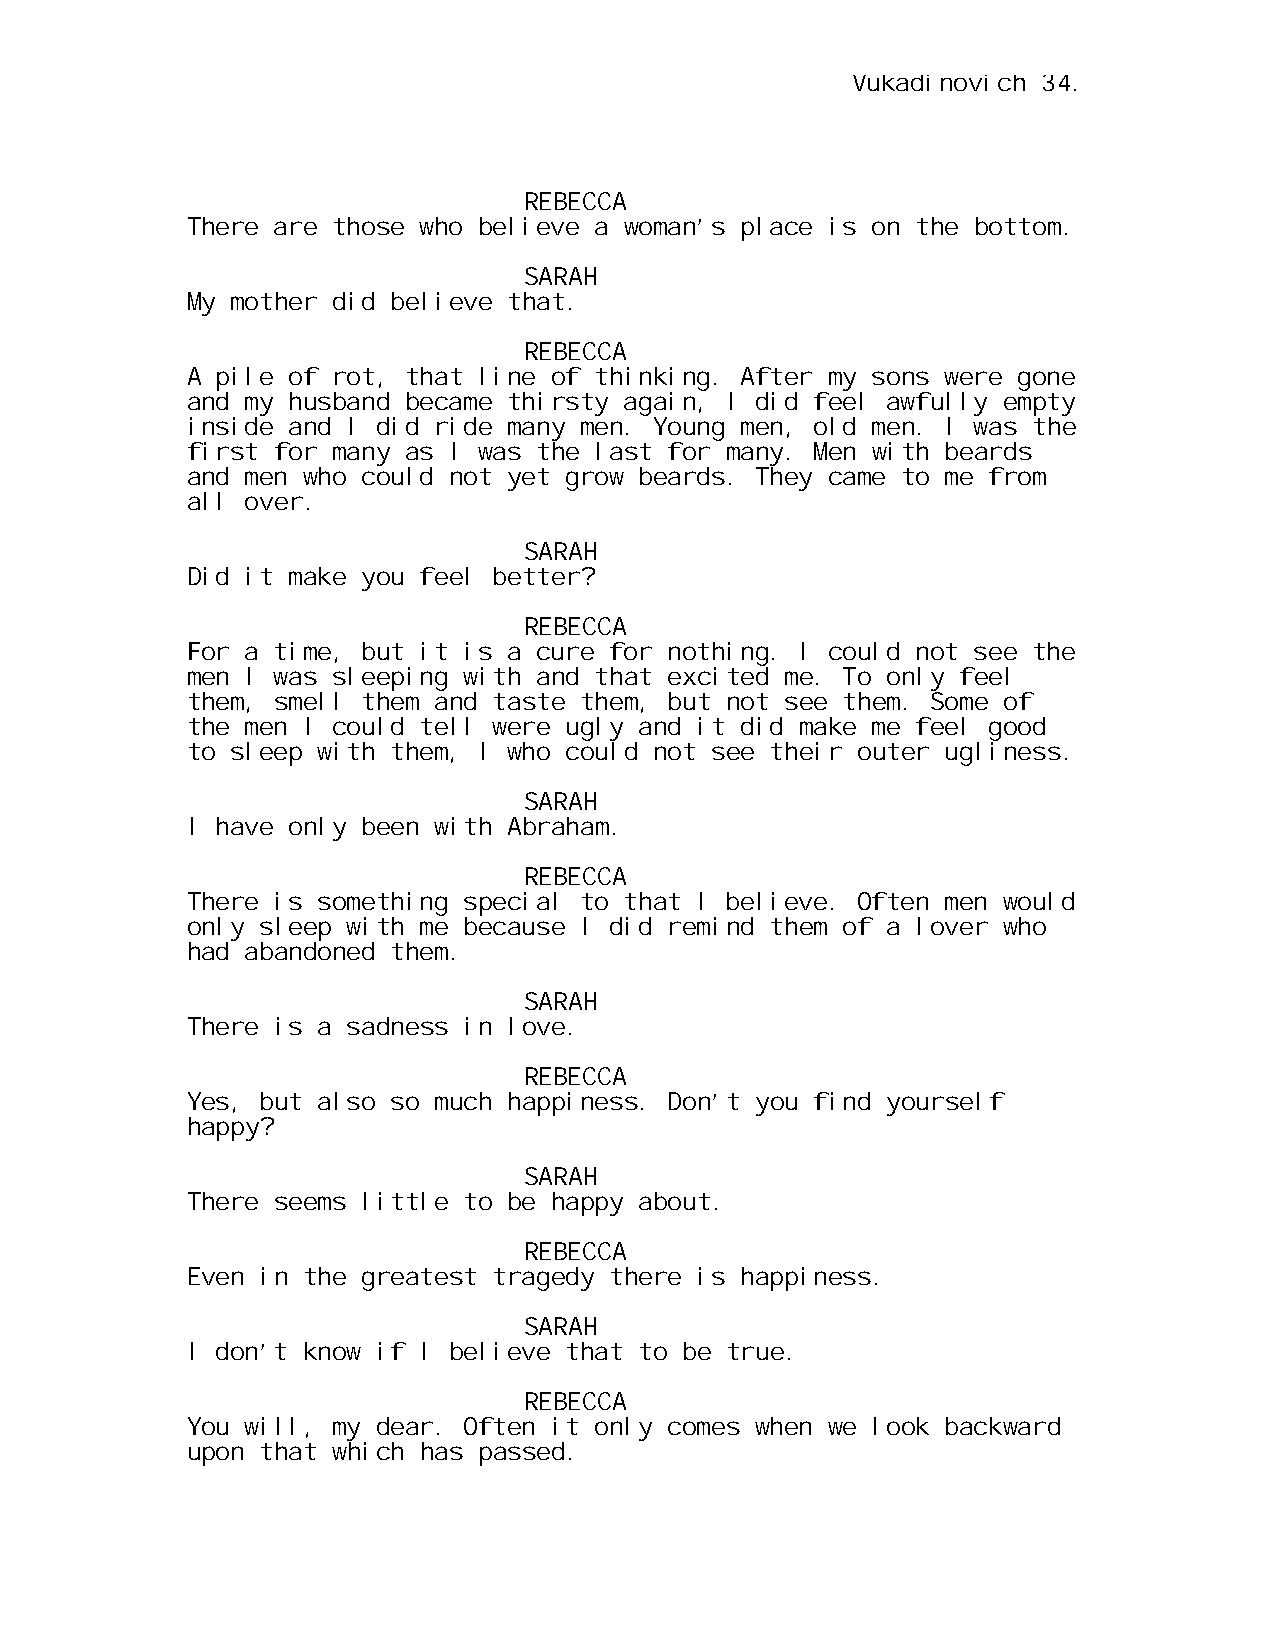
Vukadinovich 34.
 REBECCA
 There are those who believe a woman’s place is on the bottom.
 SARAH
 My mother did believe that.
 REBECCA
 A pile of rot, that line of thinking. After my sons were gone
 and my husband became thirsty again, I did feel awfully empty
 inside and I did ride many men. Young men, old men. I was the
 first for many as I was the last for many. Men with beards
 and men who could not yet grow beards. They came to me from
 all over.
 SARAH
 Did it make you feel better?
 REBECCA
 For a time, but it is a cure for nothing. I could not see the
 men I was sleeping with and that excited me. To only feel
 them, smell them and taste them, but not see them. Some of
 the men I could tell were ugly and it did make me feel good
 to sleep with them, I who could not see their outer ugliness.
 SARAH
 I have only been with Abraham.
 REBECCA
 There is something special to that I believe. Often men would
 only sleep with me because I did remind them of a lover who
 had abandoned them.
 SARAH
 There is a sadness in love.
 REBECCA
 Yes, but also so much happiness. Don’t you find yourself
 happy?
 SARAH
 There seems little to be happy about.
 REBECCA
 Even in the greatest tragedy there is happiness.
 SARAH
 I don’t know if I believe that to be true.
 REBECCA
 You will, my dear. Often it only comes when we look backward
 upon that which has passed.